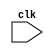
module AXI_bus_controller (
    input wire clk,
    // other input and output ports here as needed
);

    // Clock domain crossing module

    // Logic for managing flow control signals

    // Logic for handling multiplexing and demultiplexing of data

endmodule